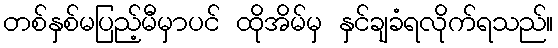
တစ်နှစ်မပြည့်မီမှာပင် ထိုအိမ်မှ နှင်ချခံရလိုက်ရသည်။